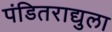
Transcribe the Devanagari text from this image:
पंडितराद्युला